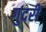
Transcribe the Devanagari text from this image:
गुदरी